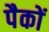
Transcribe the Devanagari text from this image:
पैकों